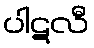
ပါဋလီ